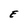
Character: E